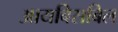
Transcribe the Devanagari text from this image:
आयबिसबिल